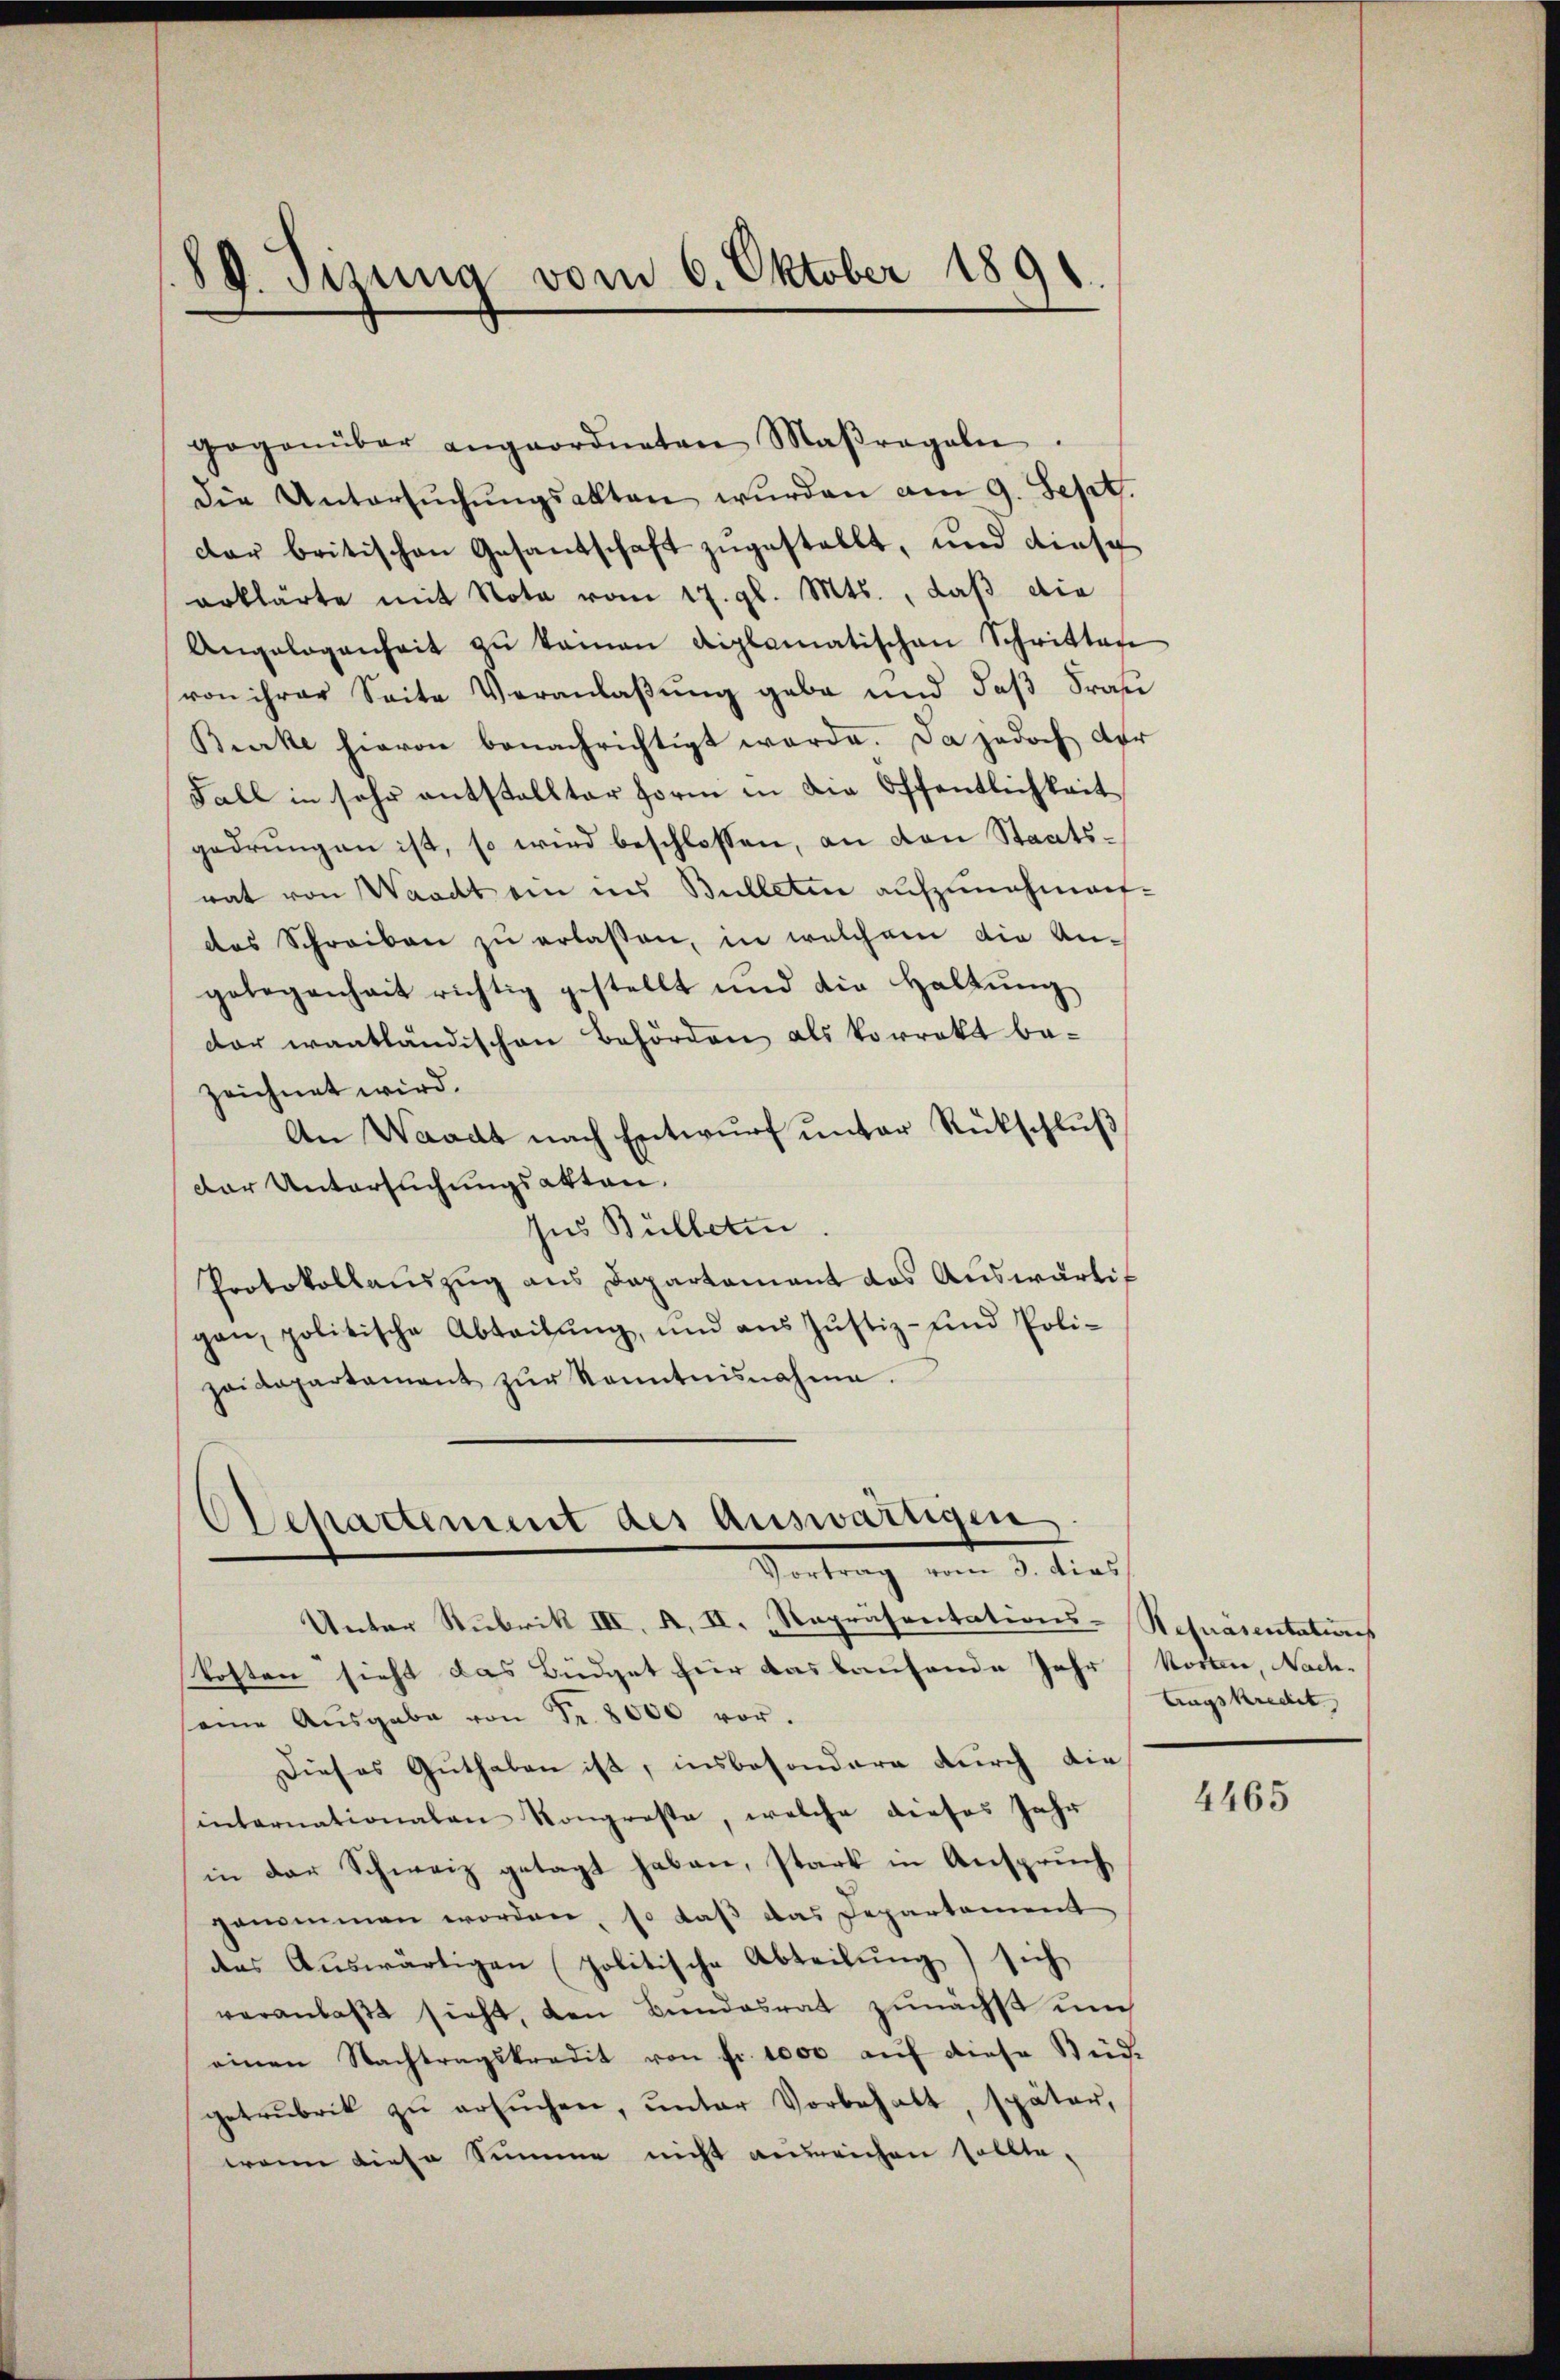
89. Jizung vom 6. Oktober 1891

gegenüber angeordneten Maβragaln.
die Untersŭchŭngsakten wurden am 9. Sept.
dar britischen Gesandschaft zugestellt, und diese
erklärte mit Nota vom 17. gl. Mts., daß die
Angelegenheit zŭ keinen diplomatischen Schritten
von ihrer Seite Veranlaßung gebe und daß Frau
Birke hievon benachrichtigt werde. Da jedoch der
Fall in sehr entstellter Form in die Öffentlichkeit
gedrungen ist, so wird beschlossen, an den Staatsrat von Waadt ein in Bulletin aufzunehmen-
das Schreiben zŭ erlassen, in welchem die An-
gelegenheit richtig gestellt und die Haltŭng
dar wantländischen Behörden als korrekt bezeichnet wird.
An Waadt nach Entwurf unter Rückschluß
Der Untersuchungsakten.
Ins Bülleten
Protokollauszug aus Departement das Auswärtigan, politische Abteilung, und aus Justiz- und Polizoidepartament zŭr Kenntnisnahme.

Unter Rubrik III. A. II. Repräsentations-Repräsentations
kosten sieht das Büdget für das laufende Jahr Worten, Nach-
seine Aŭsgabe von Fr. 8000 vor.
Dieses Guthaben ist, insbesondere durch dieinternationalen Kongroste, welche dieses Jahr
in der Schweiz getagt haben, stark in Anspruch
genommen worden, so daß das Departement
des Auswärtigen (politische Abteilung) sich
veranlaßt sicht, den Bundesrat zunächst un
einen Nachtragskredit von fr. 1000 aŭf diese Büd.
getrubrik zŭ ersŭchen, ŭnter Vorbehalt, später,
wenn diese Summe nicht ausreichen sollte.

Odepartement des Auswärtigen
Vertrag vom 3. dies

Augskredit

4465